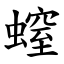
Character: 螲